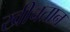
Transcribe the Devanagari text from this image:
खीचतान